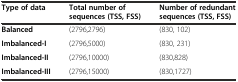
<table><thead><tr><td><b>Type of data</b></td><td><b>Total number of sequences (TSS, FSS)</b></td><td><b>Number of redundant sequences (TSS, FSS)</b></td></tr></thead><tbody><tr><td><b>Balanced</b></td><td>(2796,2796)</td><td>(830, 102)</td></tr><tr><td><b>Imbalanced-I</b></td><td>(2796,5000)</td><td>(830, 231)</td></tr><tr><td><b>Imbalanced-II</b></td><td>(2796,10000)</td><td>(830,828)</td></tr><tr><td><b>Imbalanced-III</b></td><td>(2796,15000)</td><td>(830,1727)</td></tr></tbody></table>